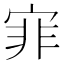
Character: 𡨰